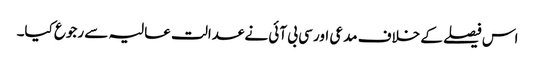
اس فیصلے کے خلاف مدعی اور سی بی آئی نے عدالت عالیہ سے رجوع کیا۔